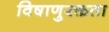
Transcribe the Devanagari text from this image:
विषाणुरक्तता